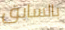
بالسابق